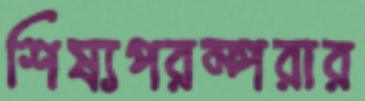
শিষ্যপরম্পরার